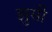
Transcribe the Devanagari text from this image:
झुसी